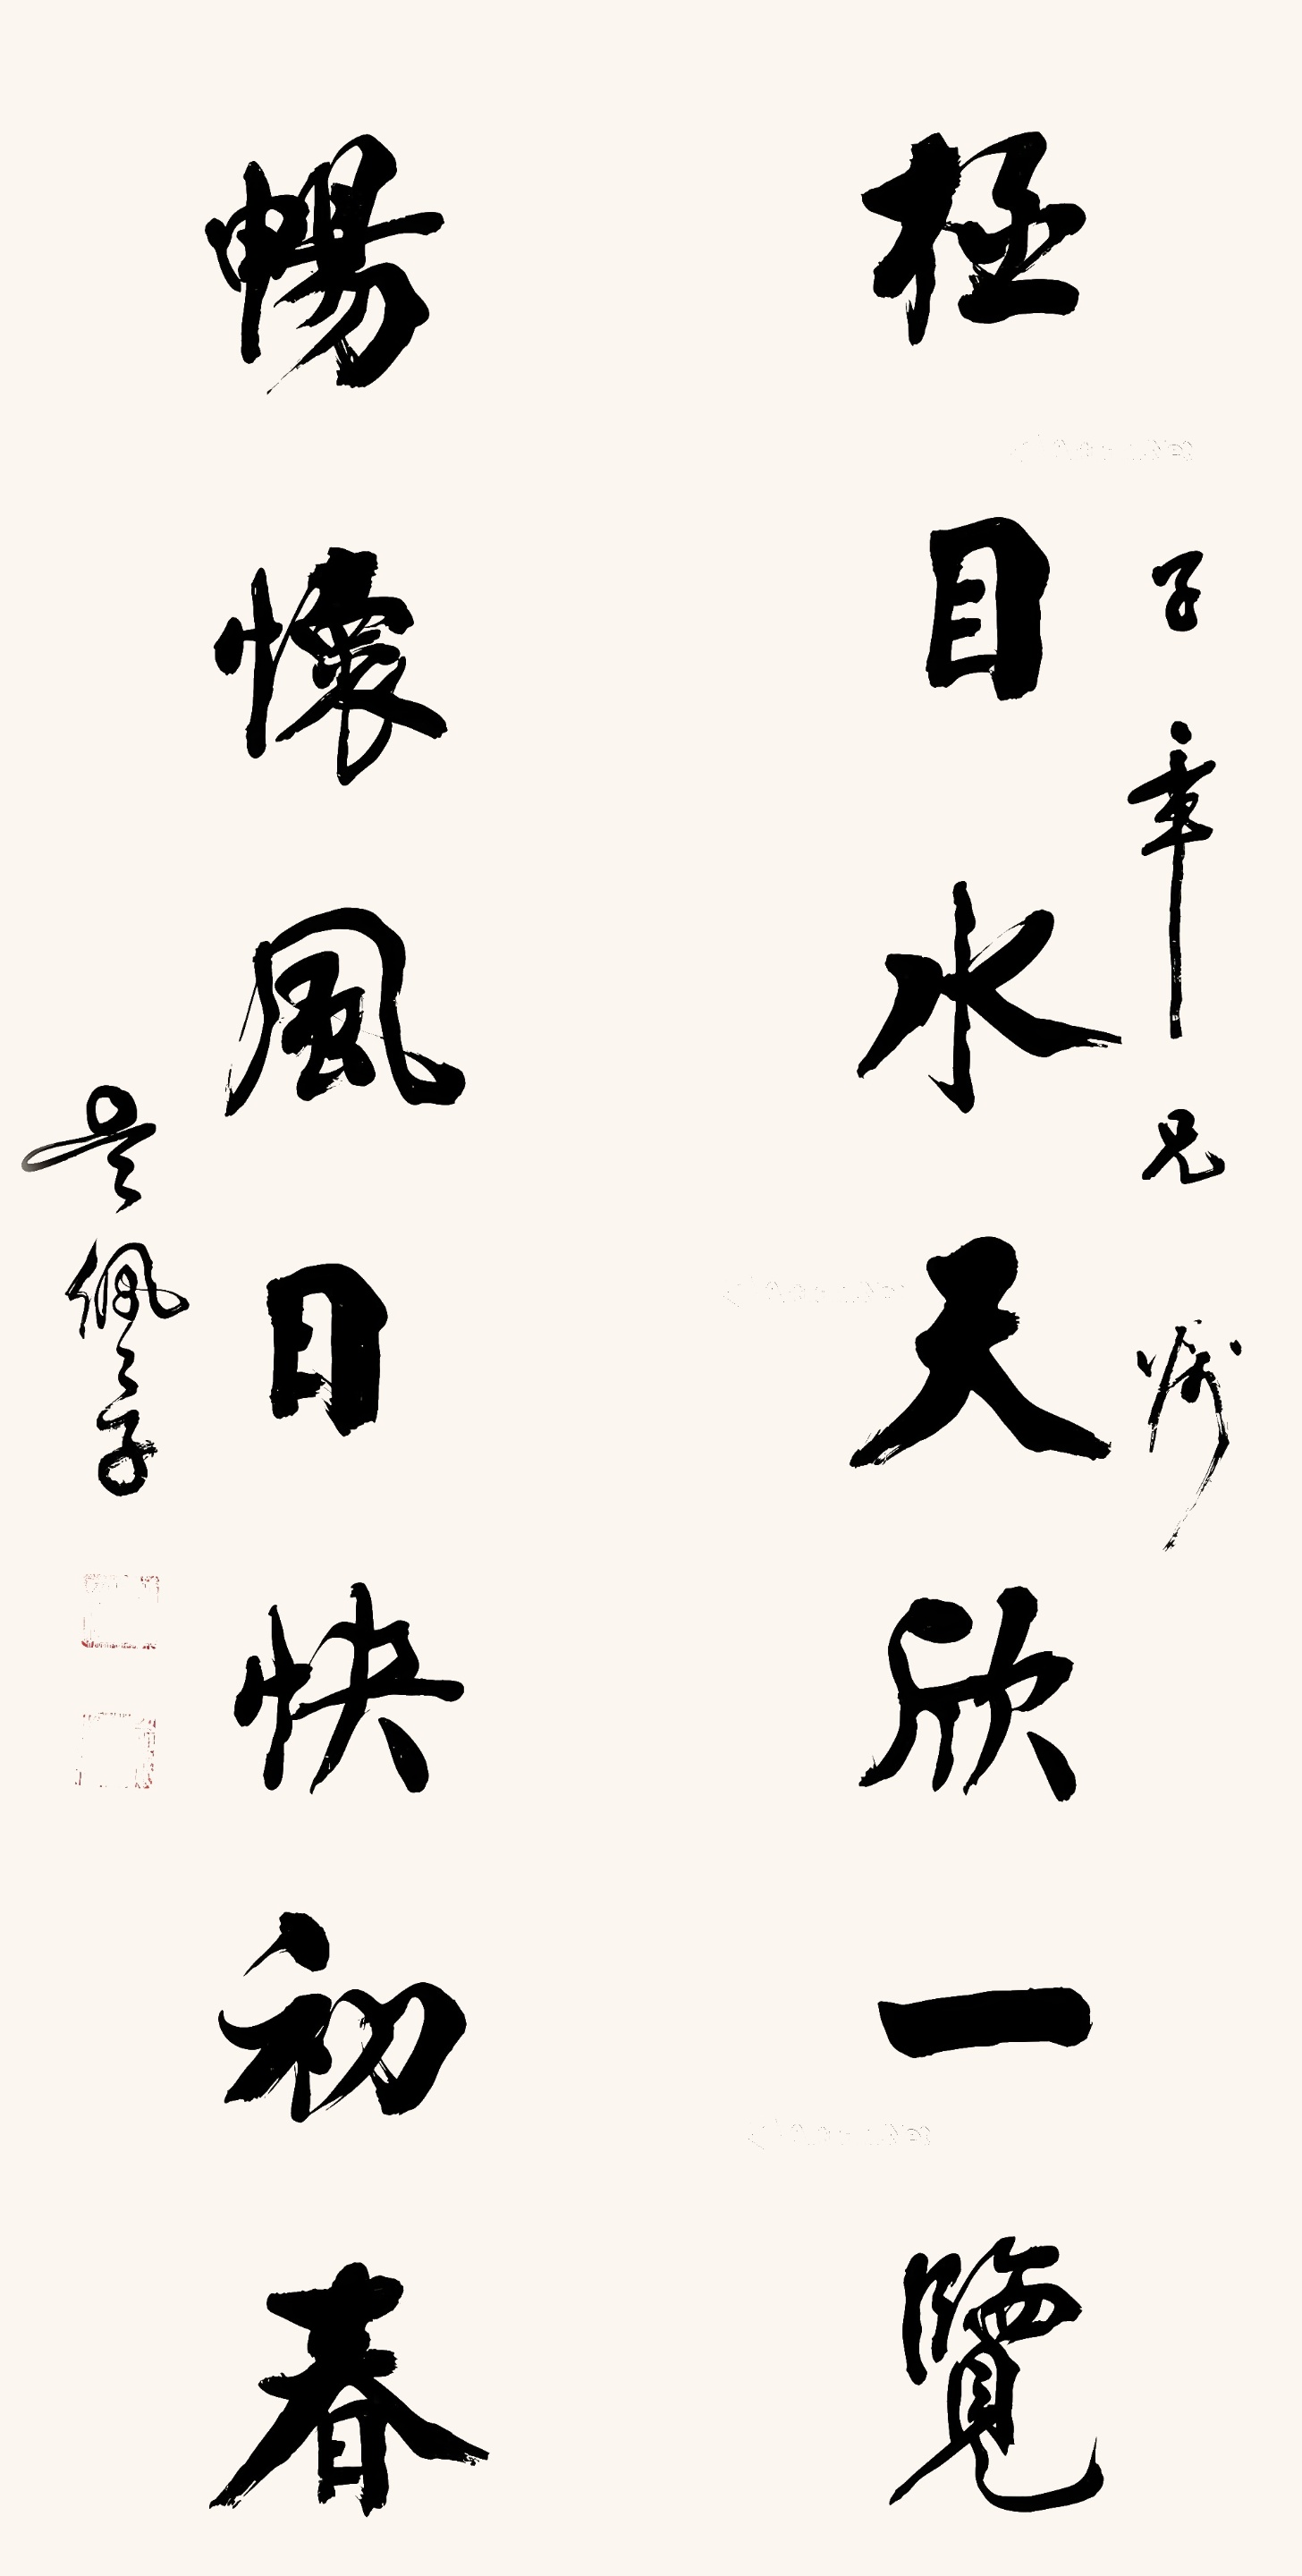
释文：极目水天欣一览，畅怀风日快初春。子章兄嘱，吴佩孚。